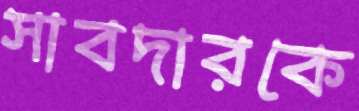
সাবদারকে